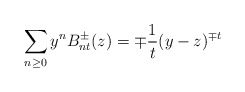
\begin{align*}\sum_{n\geq 0}y^nB^\pm_{nt}(z)=\mp{1\over t}(y-z)^{\mp t}\end{align*}